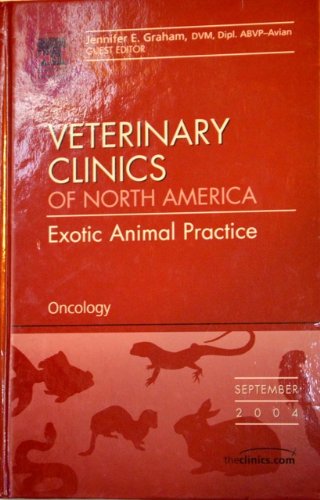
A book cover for THE VETERINARY CLINICS OF NORTH AMERICA Exotic Animal Practice - Oncology Volume 7 Number 3 September 2004; Jennifer E. ; Guest editor Graham; Medical Books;